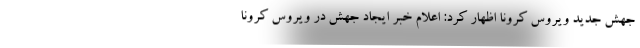
جهش جدید ویروس کرونا اظهار کرد: اعلام خبر ایجاد جهش در ویروس کرونا